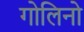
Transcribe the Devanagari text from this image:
गोलिनो